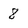
Character: 8